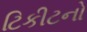
ટિકીટનો